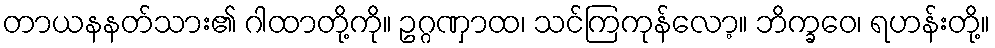
တာယနနတ်သား၏ ဂါထာတို့ကို။ ဥဂ္ဂဏှာထ၊ သင်ကြကုန်လော့။ ဘိက္ခဝေ၊ ရဟန်းတို့။